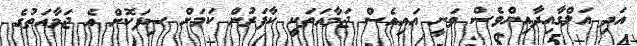
އަދި އަލްގާއިދާއިންވެސް ވަނީ އައިއެސް ޖަމާއަތަކީ ކާފަރުން ކަމަށް ސިފަކޮށް އެ ޖަމާއަތުގެ